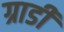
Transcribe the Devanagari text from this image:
ग्राडी